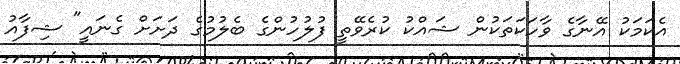
އެކަމަކު އޭނާގެ ވާހަކަތަކުން ޝައްކު ކުރެވޭތީ ފުލުހުންގެ ބެލުމުގެ ދަށަށް ގެނައީ" ޝިފާއު